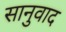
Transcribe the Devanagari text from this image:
सानुवाद